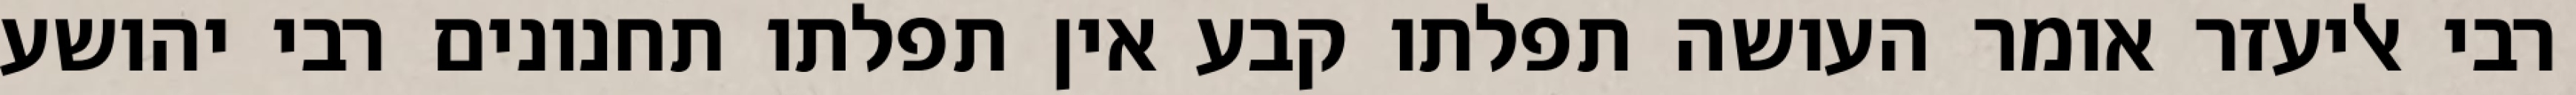
רבי אליעזר אומר העושה תפלתו קבע אין תפלתו תחנונים רבי יהושע